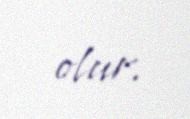
olur.